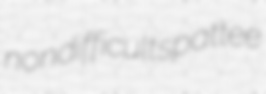
nondifficult spattee